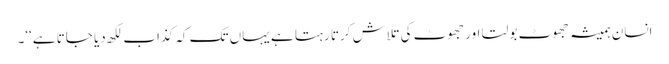
انسان ہمیشہ جھوٹ بولتا اور جھوٹ کی تلاش کرتا رہتا ہے یہاں تک کہ کذاب لکھ دیا جاتا ہے‘‘۔